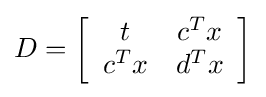
D=\left[{\begin{array}{cc}t&c^{T}x\\c^{T}x&d^{T}x\end{array}}\right]